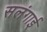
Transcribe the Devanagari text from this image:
सलंगाई